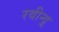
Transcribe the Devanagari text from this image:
रवीन्द्र्